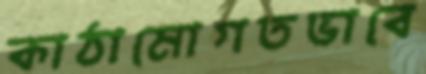
কাঠামোগতভাবে